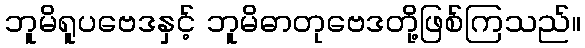
ဘူမိရူပဗေဒနှင့် ဘူမိဓာတုဗေဒတို့ဖြစ်ကြသည်။